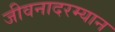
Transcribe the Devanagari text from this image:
जीवनादरम्यान